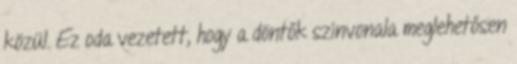
közül. Ez oda vezetett, hogy a döntők színvonala meglehetősen